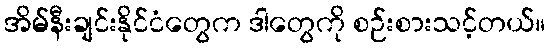
အိမ်နီးချင်းနိုင်ငံတွေက ဒါတွေကို စဉ်းစားသင့်တယ်။